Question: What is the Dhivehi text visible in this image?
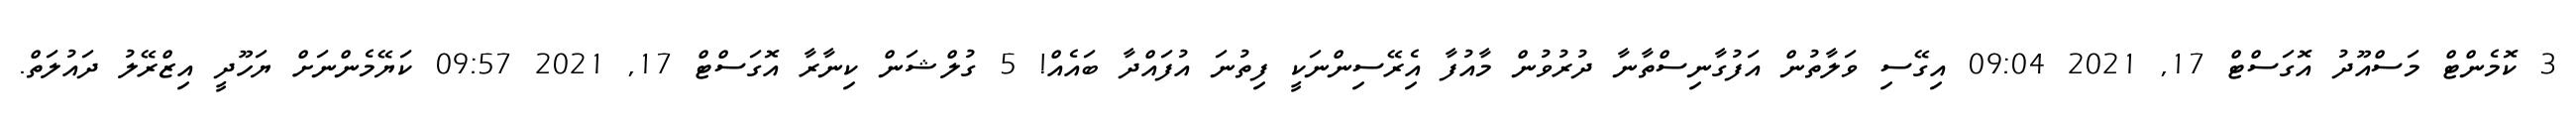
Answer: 3 ކޮމެންޓް މަސްއޫދު އޮގަސްޓް 17, 2021 09:04 އިގޭސި ވަލާތުން އަފުގާނިސްތާނާ ދުރުވުން މާއުފާ އިެރޭސިންނަކީ ފިތުނަ އުފައްދާ ބައެއް! 5 ގުލްޝަން ކިނާރާ އޮގަސްޓް 17, 2021 09:57 ކަޔޭމެންނަށް ޔަހޫދީ އިޒްރޭލު ދައުލަތް.